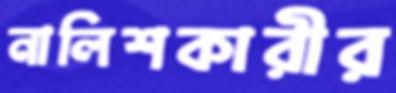
নালিশকারীর